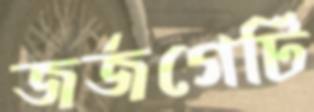
জর্জগেটি